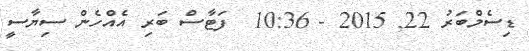
ޑިސެމްބަރު 22